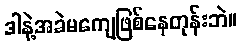
ဒါနဲ့အခဲမကျေဖြစ်နေတုန်းဘဲ။